Rangoon Lunatic Asylum 1898-1906 - 1898-1906
Year: 1898
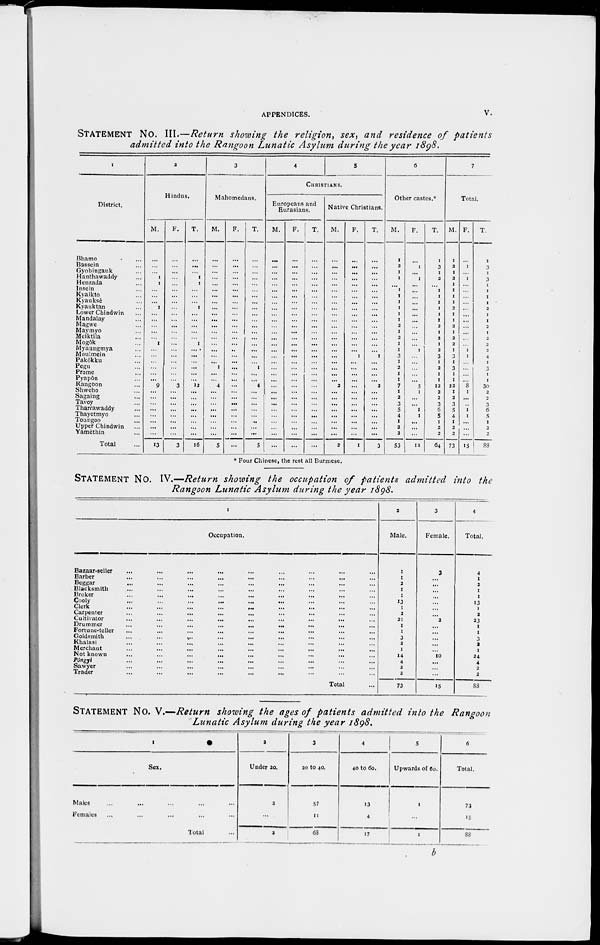
APPENDICES.
v.
STATEMENT No. III.—Return showing the religion, sex, and residence of patients
admitted into the Rangoon Lunatic Asylum during the year 1898.
1
District.
Bhamo ...
Bassein ...
Gyobingauk ...
Hanthawaddy ...
Henzada ...
Insein ...
Kyaikto ...
Kyauksè ...
Kyauktan ...
Lower Chindwin ...
Mandalay ...
Magwe ...
Maymyo ...
Melktila ...
Mogôk ...
Myaungmya ...
Moulmein ...
Pakôkku ...
Pegu ...
Prome ...
Pyapôn ...
Rangoon ...
Shwebo ...
Sagaing ...
Tavoy ...
Tharrawaddy ...
Thayetmyo ...
Toungoo ...
Upper Chindwin ...
Yamethin ...
Total ...
2
Hindus.
M.
...
...
...
1
1
...
...
...
1
...
...
...
...
...
1
...
...
...
...
...
...
9
...
...
... ...
...
...
...
...
13
F.
...
...
...
...
...
...
...
...
...
...
...
...
...
...
...
...
...
...
...
...
...
3
...
...
...
...
...
...
...
...
3
T.
...
...
...
1
1
...
...
...
1
...
...
...
...
...
1
...
...
...
...
...
...
12
...
...
... ...
...
...
...
...
16
3
Mahomedans.
M.
...
...
...
...
...
...
...
...
...
...
...
...
...
...
...
...
...
...
1
...
...
4
...
...
... ...
...
...
...
...
5
F.
...
...
...
...
...
...
...
...
...
...
...
...
...
...
...
...
... ...
...
...
...
...
...
...
...
...
...
...
...
...
...
T.
...
...
...
...
...
...
...
...
...
...
...
...
...
...
...
...
...
...
1
...
...
4
...
...
...
...
...
...
...
...
5
4
5
CHRISTIANS.
Europeans and
Eurasians.
M.
...
...
...
...
...
...
...
...
...
...
...
...
...
...
...
...
...
...
...
...
...
...
...
...
...
...
...
...
...
...
...
F.
...
...
...
...
...
...
...
...
...
...
...
...
...
...
...
...
...
...
...
...
...
...
...
...
...
...
...
...
...
...
...
T.
...
...
...
...
...
...
...
...
...
...
...
...
... ...
...
...
...
...
...
...
...
...
...
...
...
...
...
...
...
...
...
Native Christians.
M.
...
...
...
...
...
...
...
...
...
...
...
...
... ...
...
...
...
...
...
...
...
2
...
...
...
...
...
...
...
...
2
F.
...
...
...
...
...
...
...
...
...
...
...
...
... ...
...
...
1
...
...
...
...
...
...
...
... ...
...
...
...
...
1
T.
...
...
...
...
...
...
...
...
...
...
...
...
...
...
...
...
1
...
...
...
...
2
...
...
...
...
...
...
...
...
3
6
Other castes.*
M.
1
2
1
1
...
1
1
1
1
1
1
2
1
2
1
1
3
1
2
1
1
7
1
2
3
5
4
1
2
2
53
F.
...
1
...
1
...
...
...
...
...
...
...
...
...
...
...
1
...
...
...
...
...
5
1
...
...
1
1
...
...
...
11
T.
1
3
1
2
...
1
1
1
1
1
1
2
1
2
1
2
3
1
2
1
1
12
2
2
3
6
5
1
2
2
64
7
Total.
M.
1
2
1
2
1
1
1
1
2
1
1
2
1
2
2
1
3
1
3
1
1
22
1
2
3
5
4
1
2
2
73
F.
...
1
...
1
...
...
...
...
...
...
...
...
...
...
...
1
1
...
...
...
...
8
1
...
...
1
1
...
...
...
15
T.
1
3
1
3
1
1
1
1
2
1
1
2
1
2
2
2
4
1
3
1
1
30
2
2
3
6
5
1
2
2
88
* Four Chinese, the rest all Burmese.
STATEMENT NO. IV.—Return showing the occupation of patients admitted into the
Rangoon Lunatic Asylum during the year 1898.
1
Occupation.
Bazaar-seller ... ... ... ... ... ... ... ... ... ...
Barber ... ... ... ... ... ... ... ... ... ...
Beggar ... ... ... ... ... ... ... ... ... ...
Blacksmith ... ... ... ... ... ... ... ... ... ...
Broker ... ... ... ... ... ... ... ... ... ...
Cooly ... ... ... ... ... ... ... ... ... ...
Clerk ... ... ... ... ... ... ... ... ... ...
Carpenter ... ... ... ... ... ... ... ... ... ...
Cultivator ... ... ... ... ... ... ... ... ...
Drummer ... ... ... ... ... ... ... ... ...
Fortune-teller ... ... ... ... ... ... ... ... ... ...
Goldsmith
...
...
...
... ... ... ... ... ...
Khalasi ... ... ... ... ... ... ... ... ...
Merchant ... ... ... ... ... ... ... ... ...
Not known ... ... ... ... ... ... ... ... ...
Pôngyi ... ... ... ... ... ... ... ... ... ...
Sawyer ... ... ... ... ... ... ... ... ... ...
Trader ... ... ... ... ... ... ... ... ... ...
Total ...
2
Male.
1
1
2
1
1
13
1
2
21
1
1
3
2
1
14
4
2
2
73
3
Female.
3
...
...
...
...
...
...
...
2
...
...
...
...
...
10
...
...
...
15
4
Total.
4
1
2
1
1
13
1
2
23
1
1
3
2
1
24
4
2
2
88
STATEMENT No. V.—Return showing the ages of patients admitted into the Rangoon
Lunatic Asylum during the year 1898.
1
Sex.
Males ... ... ... ... ...
Females ... ... ... ... ...
Total ...
2
Under 20.
2
...
2
3
20 to 40.
57
11
68
4
40 to 60.
13
4
17
5
Upwards of 60.
1
...
1
6
Total.
73
15
88
b